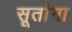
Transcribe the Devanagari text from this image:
सूतांना